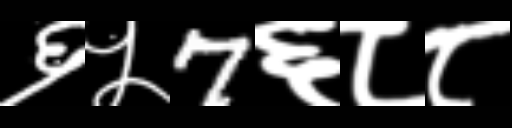
Text: ६५7६८८